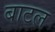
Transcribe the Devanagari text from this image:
बाटल